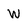
Character: W